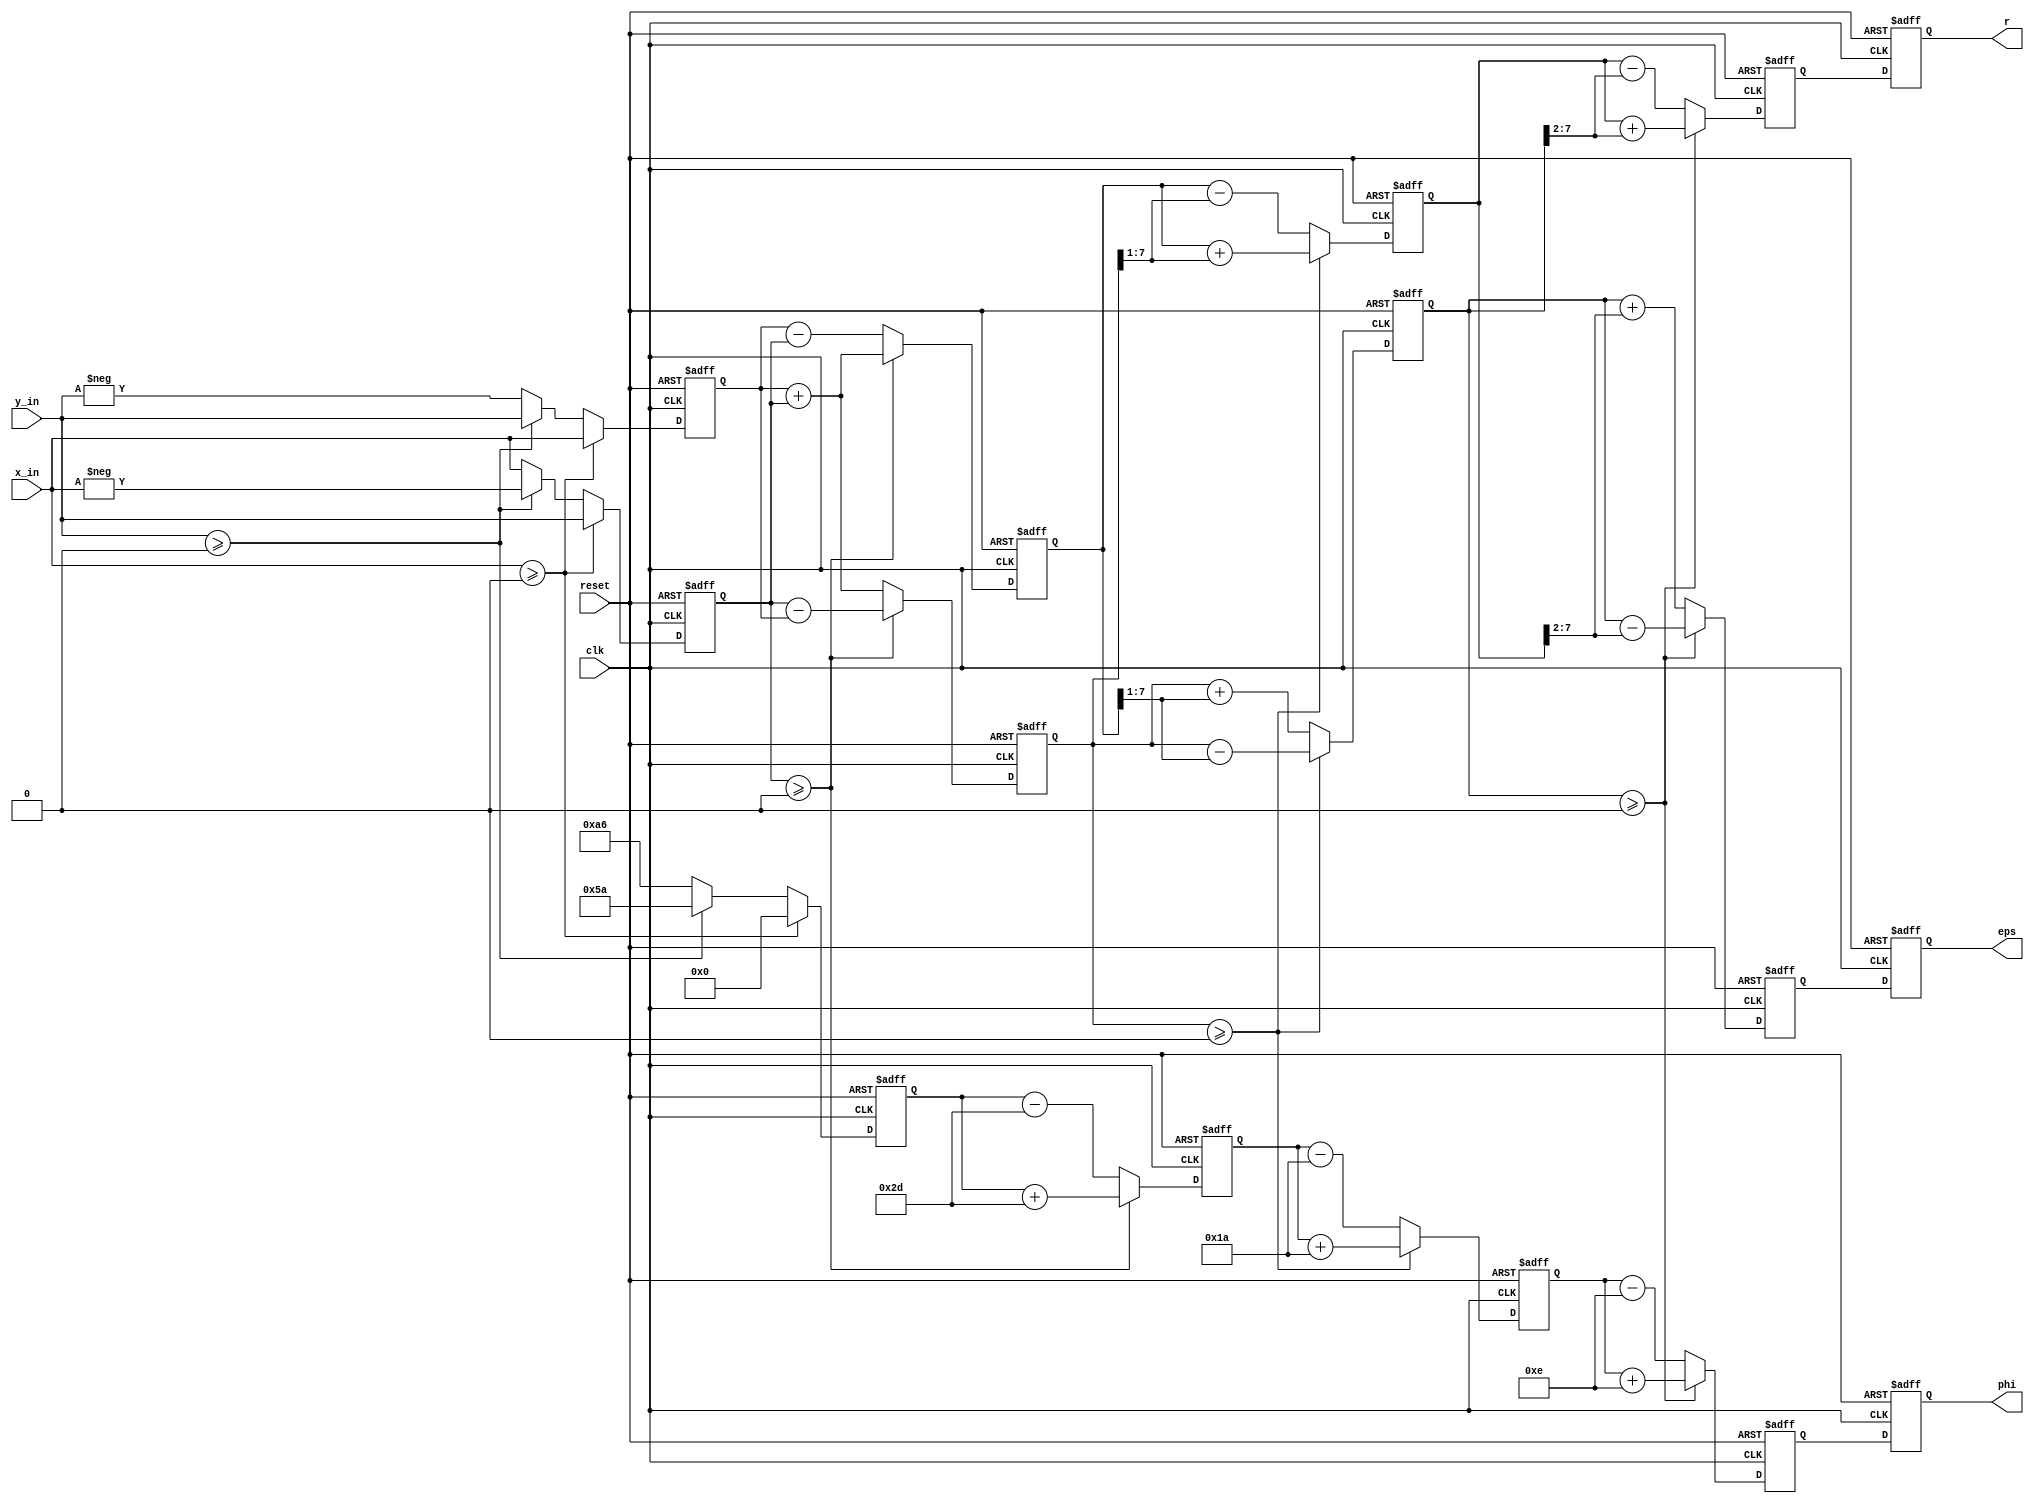
//*********************************************************
// IEEE STD 1364-2001 Verilog file: cordic.v 
// Author-EMAIL: Uwe.Meyer-Baese@ieee.org
//*********************************************************
module cordic #(parameter W = 7)  // Bit width - 1
(input  clk,                 // System clock
 input  reset,               // Asynchronous reset
 input  signed [W:0] x_in,   // System real or x input
 input  signed [W:0] y_in,   // System imaginary or y input
 output reg signed [W:0] r,  // Radius result
 output reg signed [W:0] phi,// Phase result
 output reg signed [W:0] eps);// Error of results
// --------------------------------------------------------
// There is bit access in Quartus array types 
// in Verilog 2001, therefore use single vectors 
// but use a separate lines for each array!
  reg signed [W:0] x [0:3]; 
  reg signed [W:0] y [0:3]; 
  reg signed [W:0] z [0:3]; 


  always @(posedge reset or posedge clk) begin : P1
    integer k; // Loop variable
    if (reset) begin             // Asynchronous clear
      for (k=0; k<=3; k=k+1) begin
        x[k] <= 0; y[k] <= 0; z[k] <= 0; 
      end
      r <= 0; eps <= 0; phi <= 0;
    end else begin
      if (x_in >= 0)            // Test for x_in < 0 rotate
        begin                   // 0, +90, or -90 degrees
          x[0] <= x_in; // Input in register 0
          y[0] <= y_in;
          z[0] <= 0;
        end
      else if (y_in >= 0) 
        begin
          x[0] <= y_in;
          y[0] <= - x_in;
          z[0] <= 90;
        end
      else
        begin
          x[0] <= - y_in;
          y[0] <= x_in;
          z[0] <= -90;
        end

      if (y[0] >= 0)                 // Rotate 45 degrees
        begin
          x[1] <= x[0] + y[0];
          y[1] <= y[0] - x[0];
          z[1] <= z[0] + 45;
        end
      else
        begin
          x[1] <= x[0] - y[0];
          y[1] <= y[0] + x[0];
          z[1] <= z[0] - 45;
        end

      if (y[1] >= 0)                 // Rotate 26 degrees
        begin
          x[2] <= x[1] + (y[1] >>> 1); // i.e. x[1]+y[1]/2
          y[2] <= y[1] - (x[1] >>> 1); // i.e. y[1]-x[1]/2
          z[2] <= z[1] + 26;
        end
      else
        begin
          x[2] <= x[1] - (y[1] >>> 1); // i.e. x[1]-y[1]/2
          y[2] <= y[1] + (x[1] >>> 1); // i.e. y[1]+x[1]/2
          z[2] <= z[1] - 26;
        end

      if (y[2] >= 0)                   // Rotate 14 degrees
        begin
          x[3] <= x[2] + (y[2] >>> 2); // i.e. x[2]+y[2]/4
          y[3] <= y[2] - (x[2] >>> 2); // i.e. y[2]-x[2]/4
          z[3] <= z[2] + 14;
        end
      else
        begin
          x[3] <= x[2] - (y[2] >>> 2); // i.e. x[2]-y[2]/4
          y[3] <= y[2] + (x[2] >>> 2); // i.e. y[2]+x[2]/4
          z[3] <= z[2] - 14;
        end

      r   <= x[3];
      phi <= z[3];
      eps <= y[3];
    end
  end                

endmodule